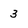
Character: 3